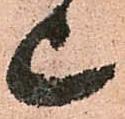
上